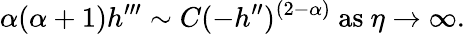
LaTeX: \alpha(\alpha+1)h^{\prime\prime\prime}\sim C(-h^{\prime\prime})^{(2-\alpha)}~\textrm{as}\ \eta\to\infty.